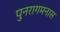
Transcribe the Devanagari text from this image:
पुनरागमनास